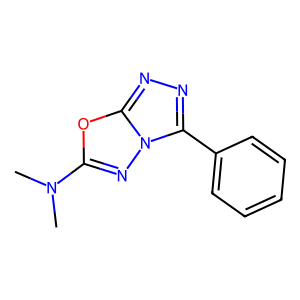
SMILES: CN(C)c1nn2c(-c3ccccc3)nnc2o1
Inhibits HIV replication: No